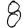
Digit: 8